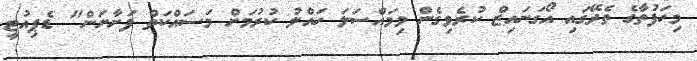
މިހަފުތާގެ ތެރޭގައި އޯގަނައިޒް ކުރެވިގެން މިމައްސަލަ ހައްލު ކުރުމަށް މަސައްކަތް ފަށާނަން" ޑެޕިއުޓީ